Lunatic asylums Madras 1892-1911 - 1892-1911
Year: 1892
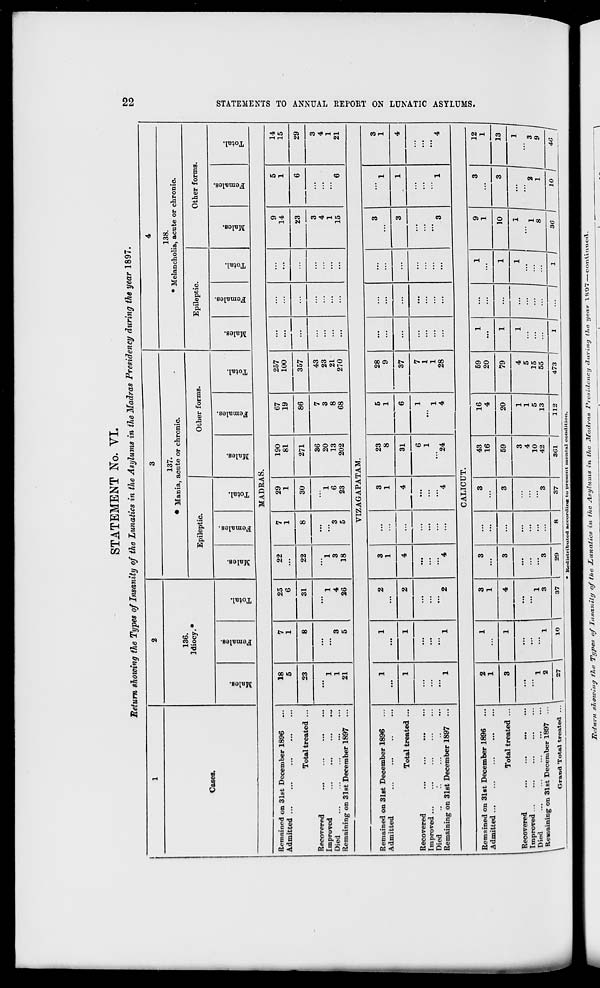
STATEMENT No. YL
Return showing the Types of Insanity of the Lunatics in the Asylums in the Madras Presidency during the year 1897.
to
to
1
2
3
4
Cases.
136.
Idiocy.*
137.
* Mania, acute or chronic.
138.
* Melancholia, acute or chronic.
Epileptic.
Other forms.
Epileptic.
Other forms.
CD
CD
"3
to
O
"3
0 o
"3
o
E-i
m
o
3
CO
0
"3
S
"3
to
0
to
co
"3
S
CD
EH
"3
0
£-1
00
"3
3
CO
a>
-3
s
CO
"3
0
CO
V
"3
*
CO
a>
"3
B »
EH
"3
0
E-»
MADRAS.
Remained on 31st December 1896
Admitted
Total treated ...
Recovered
Improved
Died
Remaining on 31st December 1897
18
5
7
1
25
6
22
7
1
29
1
190
81
67
19
257
100
...
...
...
9
14
5
1
14
15
23
8
31
22
8
30
271
86
357
...
...
...
23
6
29
1
1
21
3
5
1
4
26
1
3
18
3
5
1
6
23
36
20
13
202
7
3
8
68
43
23
21
270
...
...
...
3
4
1
15
'" 6
3
4
1
21
VIZAGAPATAM.
Remained on 31st December 1896
Admitted
Total treated ...
Recovered
Improved ...
...
...
Died
Remaining on 31st December 1897
1
1
2
3
1
...
3
1
23
8
5
1
28
9
...
...
...
3
' 1
3
1
1
1
2
4
...
4
31
6
37
...
...
...
3
1
4
1
1
2
"4
...
"4
6
1
"24
1
1
4
7
1
1
28
...
3
1
' 4
CALICUT.
Remained on 31st December 1896
Admitted ...
Total treated ...
Recovered
1 Improved ...
I Died
\ Remaining on 31st December 1897
2
1
1
3
1
3
3
43
16
16
4
59
20
1
...
1
9
1
3
12
1
3
1
4
3
...
3
59
20
79
1
...
1
10
3
13 1
1
2
1
1
3
3
...
3
3
4
10
42
1
1
5
13
4
5
15
55
1
;:;
1
= 1 -." -"» -■"
\
Grand Total treated ... I
27
I
io 1
37
29
8
37
3C1
112
473 1
1 |
... 1
1 j
36 j
10 1
40 I
t-3
P-
K
!2j
H
i»
1-3
O
>
si
a
w
H-l
6
to
o
tz{
kr"
<-3
H
r-"
a
CO
ItetliHtributccl &ceorilirjB to present mentu] condition.
Return sjiotoiiio fh,e Types of Insanity of the Lunatics in the Asylums in. the Jifadras Presidency during tlie year 1897—co-ntinwecl.